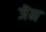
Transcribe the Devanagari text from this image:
जॆन